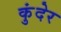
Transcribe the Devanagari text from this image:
कुंदेर